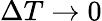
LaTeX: \Delta T\rightarrow 0